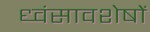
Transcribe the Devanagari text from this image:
ध्‍वंसावशेषों